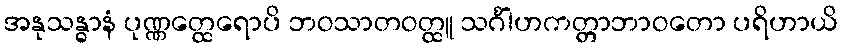
အနုသန္ဓာနံ ပုဏ္ဏတ္ထေရောပိ ဘဝသာတဝတ္ထူ သင်္ဂါဟကတ္တာဘာဝတော ပရိဟာယိ